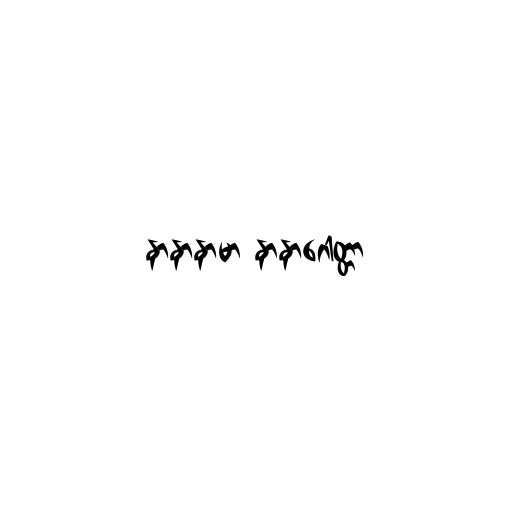
နာနာနာမာ နာနာဂေါတ္တာ